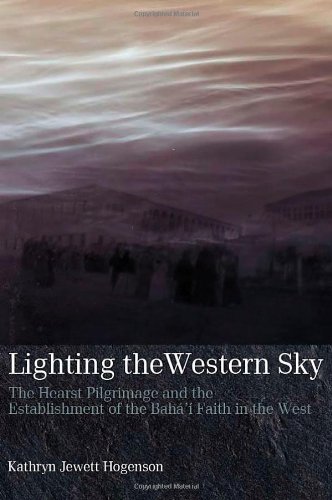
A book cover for Lighting the Western Sky: The Hearst Pilgrimage & Establishment of the Baha'i Faith in the West; Kathryn Jewett Hogenson; Religion & Spirituality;